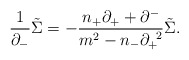
\begin{align*}\frac{1}{{\partial}_-}\tilde{\Sigma}=-\frac{n_+{\partial}_++{\partial}^-}{m^2-n_-{\partial}_+^{\;\;2}}\tilde{\Sigma}. \end{align*}